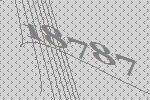
18787